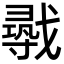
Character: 𫼈